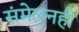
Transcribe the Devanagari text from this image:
संमेलनही